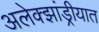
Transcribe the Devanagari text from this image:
अलेक्झांड्रीयात